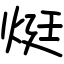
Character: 烶